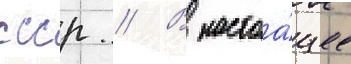
ссср // В настоа́щее